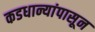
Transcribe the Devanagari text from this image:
कडधान्यांपासून